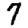
Digit: 7